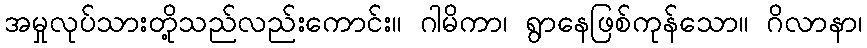
အမှုလုပ်သားတို့သည်လည်းကောင်း။ ဂါမိကာ၊ ရွာနေဖြစ်ကုန်သော။ ဂိလာနာ၊